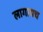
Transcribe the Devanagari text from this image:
लागायच